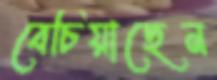
বেচিয়াছেন